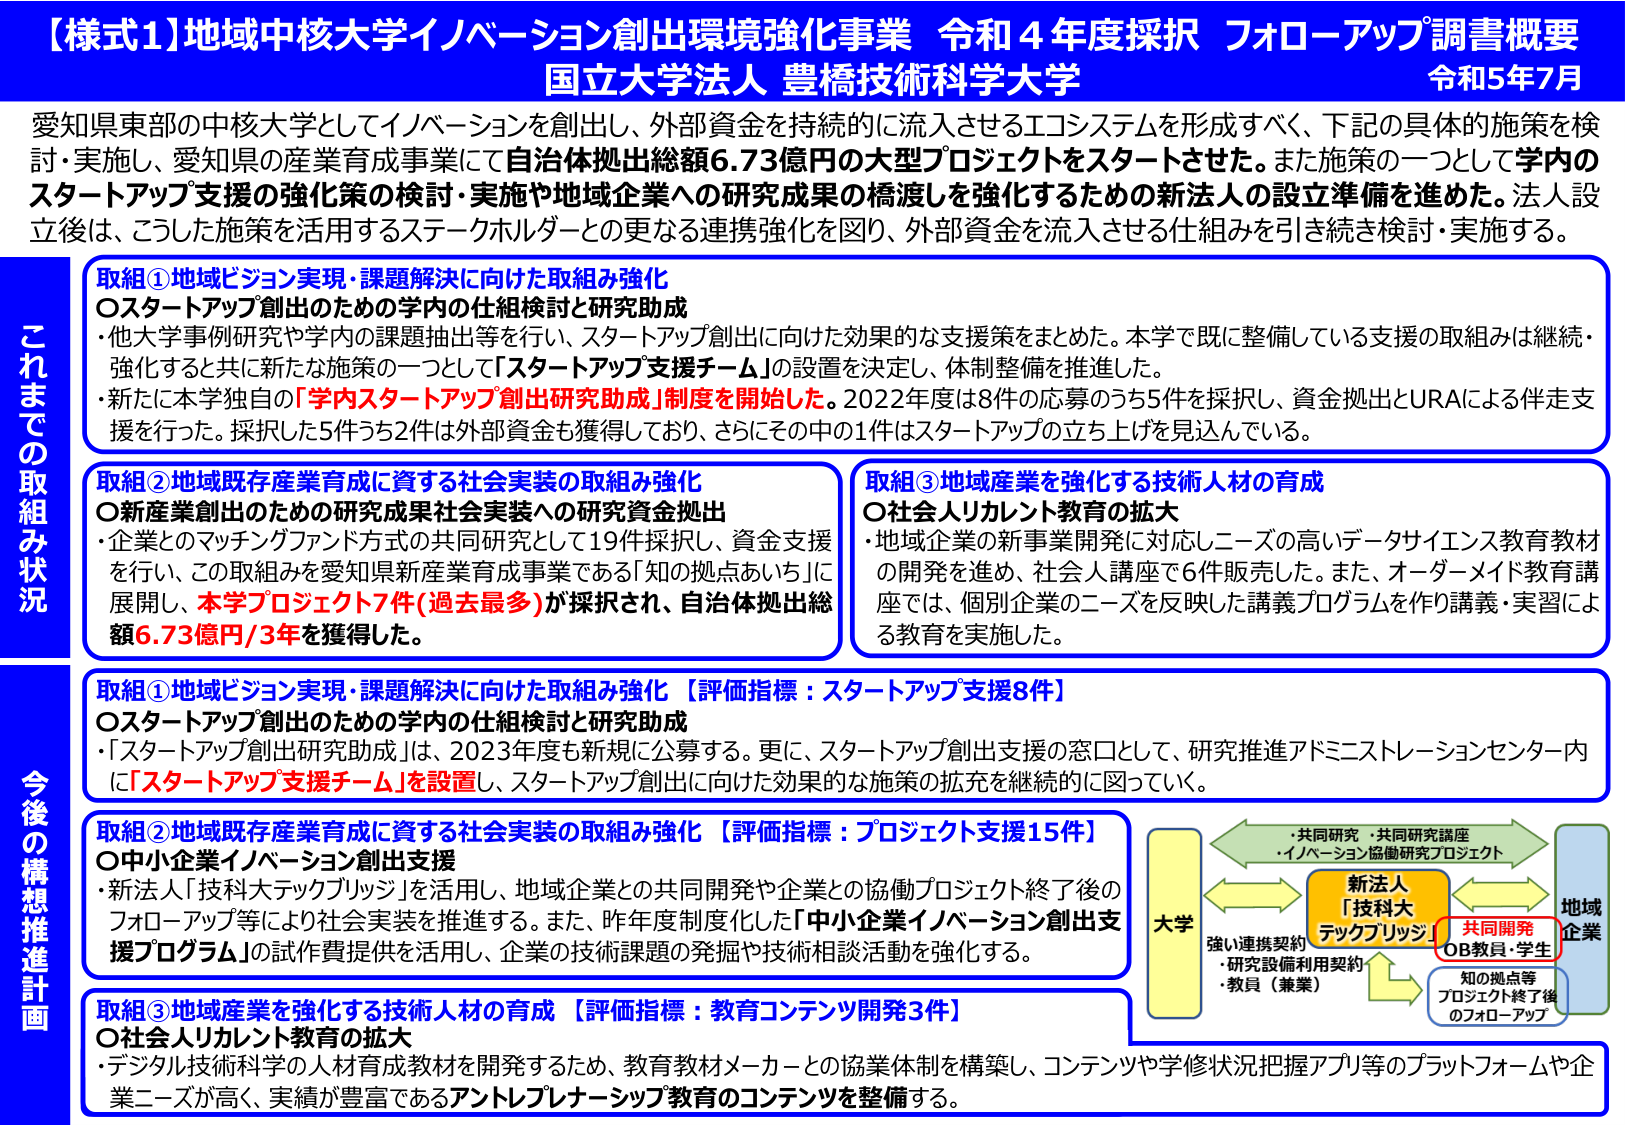
【様式1】地域中核大学イノベーション創出環境強化事業 令和4年度採択 フォローアップ調書概要
国立大学法人 豊橋技術科学大学
令和5年7月

愛知県東部の中核大学としてイノベーションを創出し、外部資金を持続的に流入させるエコシステムを形成すべく、下記の具体的施策を検討・実施し、愛知県の産業育成事業にて自治体拠出総額6.73億円の大型プロジェクトをスタートさせた。また施策の一つとして学内のスタートアップ支援の強化策の検討・実施や地域企業への研究成果の橋渡しを強化するための新法人の設立準備を進めた。法人設立後は、こうした施策を活用するステークホルダーとの更なる連携強化を図り、外部資金を流入させる仕組みを引き続き検討・実施する。

これまでの取組み状況

取組①地域ビジョン実現・課題解決に向けた取組み強化
〇スタートアップ創出のための学内の仕組検討と研究助成
・他大学事例研究や学内の課題抽出等を行い、スタートアップ創出に向けた効果的な支援策をまとめた。本学で既に整備している支援の取組みは継続・強化すると共に新たな施策の一つとして「スタートアップ支援チーム」の設置を決定し、体制整備を推進した。
・新たに本学独自の「学内スタートアップ創出研究助成」制度を開始した。2022年度は8件の応募のうち5件を採択し、資金拠出とURAによる伴走支援を行った。採択した5件うち2件は外部資金も獲得しており、さらにその中の1件はスタートアップの立ち上げを見込んでいる。

取組②地域既存産業育成に資する社会実装の取組み強化
〇新産業創出のための研究成果社会実装への研究資金拠出
・企業とのマッチングファンド方式の共同研究として19件採択し、資金支援を行い、この取組みを愛知県新産業育成事業である「知の拠点あいち」に展開し、本学プロジェクト7件（過去最多）が採択され、自治体拠出総額6.73億円/3年を獲得した。

取組③地域産業を強化する技術人材の育成
〇社会人リカレント教育の拡大
・地域企業の新事業開発に対応しニーズの高いデータサイエンス教育教材の開発を進め、社会人講座で6件販売した。また、オーダーメイド教育講座では、個別企業のニーズを反映した講義プログラムを作り講義・実習による教育を実施した。

今後の構想推進計画

取組①地域ビジョン実現・課題解決に向けた取組み強化 【評価指標：スタートアップ支援8件】
〇スタートアップ創出のための学内の仕組検討と研究助成
・「スタートアップ創出研究助成」は、2023年度も新規に公募する。更に、スタートアップ創出支援の窓口として、研究推進アドミニストレーションセンター内に「スタートアップ支援チーム」を設置し、スタートアップ創出に向けた効果的な施策の拡充を継続的に図っていく。

取組②地域既存産業育成に資する社会実装の取組み強化 【評価指標：プロジェクト支援15件】
〇中小企業イノベーション創出支援
・新法人「技科大テックブリッジ」を活用し、地域企業との共同開発や企業との協働プロジェクト終了後のフォローアップ等により社会実装を推進する。また、昨年度制度化した「中小企業イノベーション創出支援プログラム」の試作費提供を活用し、企業の技術課題の発掘や技術相談活動を強化する。

取組③地域産業を強化する技術人材の育成 【評価指標：教育コンテンツ開発3件】
〇社会人リカレント教育の拡大
・デジタル技術科学の人材育成教材を開発するため、教育教材メーカーとの協業体制を構築し、コンテンツや学修状況把握アプリ等のプラットフォームや企業ニーズが高く、実績が豊富であるアントレプレナーシップ教育のコンテンツを整備する。

（図）
大学 ←→ 新法人「技科大テックブリッジ」 ←→ 地域企業
　　強い連携契約
　　・共同研究・共同研究講座
　　・イノベーション協働研究プロジェクト
　　・研究設備利用契約
　　・教員（兼業）
　　共同開発
　　OB教員・学生
　　知の拠点等
　　プロジェクト終了後のフォローアップ